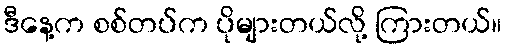
ဒီနေ့က စစ်တပ်က ပိုများတယ်လို့ ကြားတယ်။